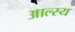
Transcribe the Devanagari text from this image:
आल्स्य